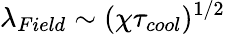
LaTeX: \lambda_{Field}\sim(\chi\tau_{cool})^{1/2}